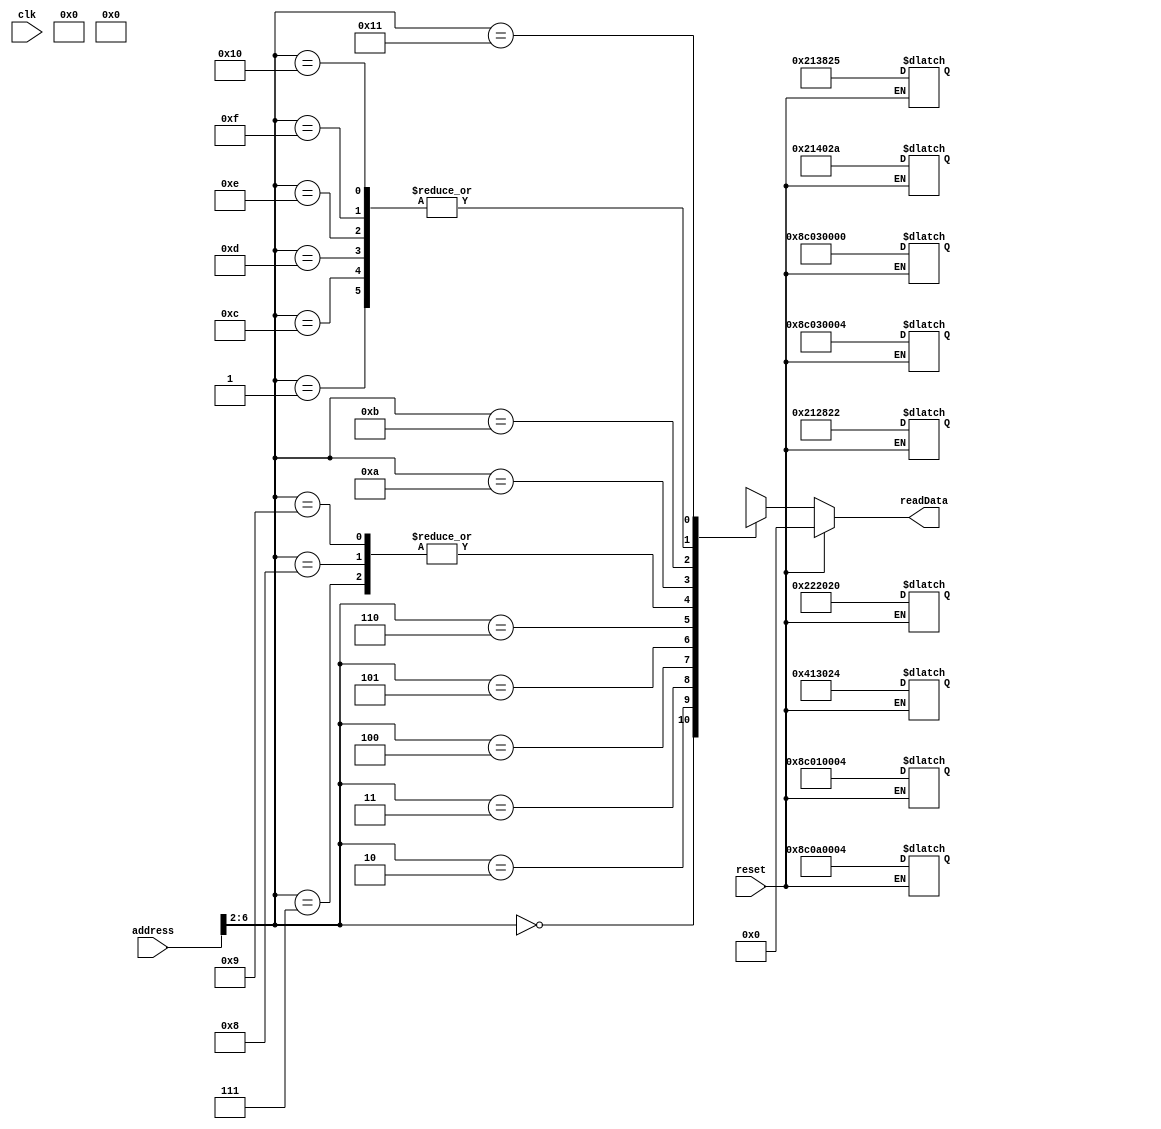
`timescale 1ns / 1ps
//////////////////////////////////////////////////////////////////////////////////
// Company: 
// Engineer: 
// 
// Design Name: 
// Module Name:    instMemory 
// Project Name: 
// Target Devices: 
// Tool versions: 
// Description: 
//
// Dependencies: 
//
// Revision: 
// Revision 0.01 - File Created
// Additional Comments: 
//
//////////////////////////////////////////////////////////////////////////////////
module instMemory(
    input [31:0] address,
    input clk,
    input reset,
    output reg[31:0] readData
    );
	 
	 reg [31:0]memBuffer[0:17];
	 
	 initial
	 begin
	     memBuffer[0] = 32'b00000000000000000000000000000000;
	     memBuffer[1] = 32'b10001100000000010000000000000100;
	     memBuffer[2] = 32'b10001100000000110000000000000100;
	     memBuffer[3] = 32'b10001100000000110000000000000000;
	     memBuffer[4] = 32'b00000000001000100010000000100000;
	     memBuffer[5] = 32'b00000000011000010010100000100010;
	     memBuffer[6] = 32'b00000000010000010011000000100100;
	     memBuffer[7] = 32'b10001100000010100000000000000100;
	     memBuffer[8] = 32'b10001100000010100000000000000100;
	     memBuffer[9] = 32'b10001100000010100000000000000100;
	     memBuffer[10] = 32'b00000000011000010011100000100101;
	     memBuffer[11] = 32'b00000000011000010100000000101010;
		  memBuffer[12] = 32'b10001100000000010000000000000100;
		  memBuffer[13] = 32'b10001100000000010000000000000100;
		  memBuffer[14] = 32'b10001100000000010000000000000100;
		  memBuffer[15] = 32'b10001100000000010000000000000100;
		  memBuffer[16] = 32'b10001100000000010000000000000100;
	 end
	 
	 always @(address)
	 begin
	     if (reset == 1)
		  begin
		  readData = 0;
		  memBuffer[0] = 32'b00000000000000000000000000000000;
	     memBuffer[1] = 32'b10001100000000010000000000000100;
	     memBuffer[2] = 32'b10001100000000110000000000000100;
	     memBuffer[3] = 32'b10001100000000110000000000000000;
	     memBuffer[4] = 32'b00000000001000100010000000100000;
	     memBuffer[5] = 32'b00000000011000010010100000100010;
	     memBuffer[6] = 32'b00000000010000010011000000100100;
	     memBuffer[7] = 32'b10001100000010100000000000000100;
	     memBuffer[8] = 32'b10001100000010100000000000000100;
	     memBuffer[9] = 32'b10001100000010100000000000000100;
	     memBuffer[10] = 32'b00000000011000010011100000100101;
	     memBuffer[11] = 32'b00000000011000010100000000101010;
		  memBuffer[12] = 32'b10001100000000010000000000000100;
		  memBuffer[13] = 32'b10001100000000010000000000000100;
		  memBuffer[14] = 32'b10001100000000010000000000000100;
		  memBuffer[15] = 32'b10001100000000010000000000000100;
		  memBuffer[16] = 32'b10001100000000010000000000000100;
		  end
	     else readData = memBuffer[address>>2];
    end		  


endmodule